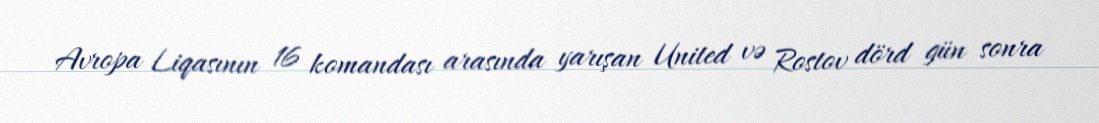
Avropa Liqasının 16 komandası arasında yarışan United və Rostov dörd gün sonra